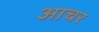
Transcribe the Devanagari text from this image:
आचर